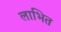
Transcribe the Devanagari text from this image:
लाभित